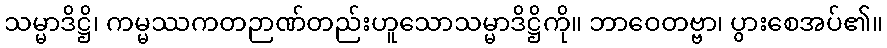
သမ္မာဒိဋ္ဌိ၊ ကမ္မဿကတဉာဏ်တည်းဟူသောသမ္မာဒိဋ္ဌိကို။ ဘာဝေတဗ္ဗာ၊ ပွားစေအပ်၏။